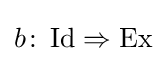
b\colon \operatorname {Id} \Rightarrow \operatorname {Ex}